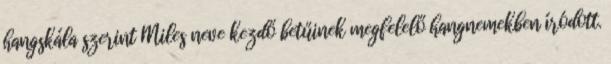
hangskála szerint Miles neve kezdő betűinek megfelelő hangnemekben íródott.